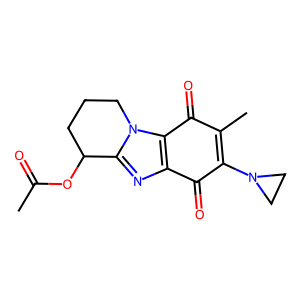
SMILES: CC(=O)OC1CCCn2c1nc1c2C(=O)C(C)=C(N2CC2)C1=O
Inhibits HIV replication: No